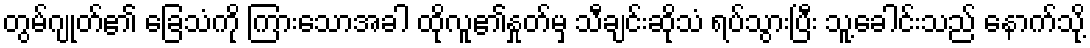
တွမ်ဂျုတ်၏ ခြေသံကို ကြားသောအခါ ထိုလူ၏နှုတ်မှ သီချင်းဆိုသံ ရပ်သွားပြီး သူ့ခေါင်းသည် နောက်သို့